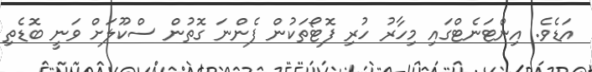
އަޑެވެ. އިންޓަނެޓްގައި މިހާރު ހުރި ފޮޓޯތަކުން ފެންނަ ގޮތުން ސްކޫލަށް ވަނީ ބޮޑެތި